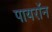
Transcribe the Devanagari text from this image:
पायराॅन